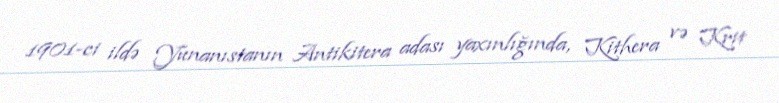
1901-ci ildə Yunanıstanın Antikitera adası yaxınlığında, Kithera və Krit